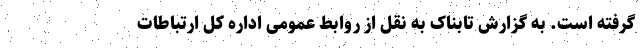
گرفته است. به گزارش تابناک به نقل از روابط عمومی اداره کل ارتباطات